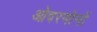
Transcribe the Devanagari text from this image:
ओवरमोनों